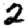
Digit: 2